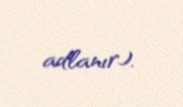
adlanır).